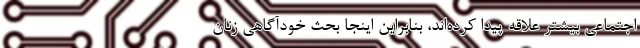
اجتماعی بیشتر علاقه پیدا کرده‌اند، بنابراین اینجا بحث خودآگاهی زنان